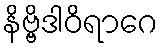
နိဗ္ဗိဒါဝိရာဂေ